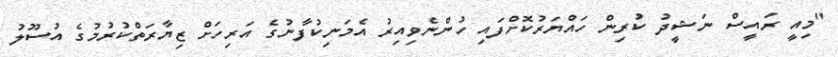
"މިއީ ރައީސް ނަޝީދު ކުރިން ހައްޔަރުކޮށްފައި ހުންނެވިއިރު އެމަނިކުފާނުގެ އަރިހަށް ޒިޔާރަތްކުރުމުގެ އުސޫލު